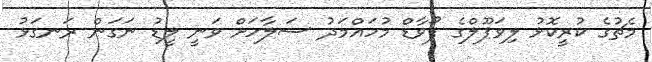
މެޗުގެ ކުރީކޮޅު ލިވަޕޫލްގެ ފޯވާޑް މުހައްމަދު ސަލާހަށް ވަނީ ލީޑު ނަގަން ރަނގަޅު